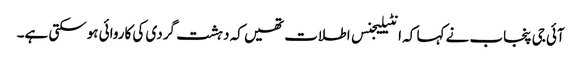
آئی جی پنجاب نے کہا کہ انٹیلیجنس اطلات تھیں کہ دہشت گردی کی کاروائی ہوسکتی ہے۔